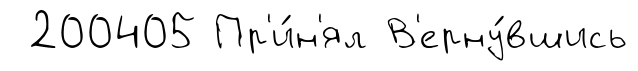
200405 Пр'и́н'ял В'ерну́вшись